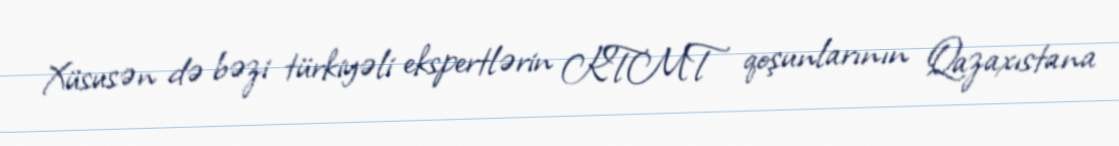
Xüsusən də bəzi türkiyəli ekspertlərin KTMT qoşunlarının Qazaxıstana